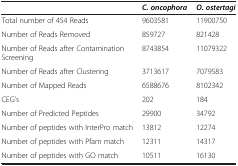
|  | C. oncophora | O. ostertagi |
 | --- | --- | --- |
 | Total number of 454 Reads | 9603581 | 11900750 |
 | Number of Reads Removed | 859727 | 821428 |
 | Number of Reads after Contamination Screening | 8743854 | 11079322 |
 | Number of Reads after Clustering | 3713617 | 7079583 |
 | Number of Mapped Reads | 6588676 | 8102342 |
 | CEG’s | 202 | 184 |
 | Number of Predicted Peptides | 29900 | 34792 |
 | Number of peptides with InterPro match | 13812 | 12274 |
 | Number of peptides with Pfam match | 12311 | 14317 |
 | Number of peptides with GO match | 10511 | 16130 |